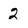
Character: 2